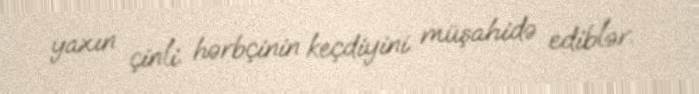
yaxın çinli hərbçinin keçdiyini müşahidə ediblər.